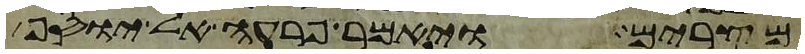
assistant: מצרים ויאמר פרעה אל יוסף